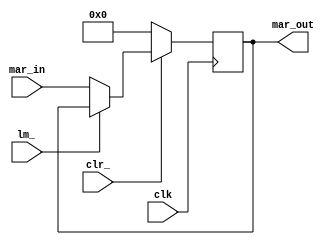
module MAR(
	output reg [3:0] mar_out,
	input wire [3:0] mar_in,
	input lm_,
	input clk,
	input clr_
	);
	
	always @(posedge clk)
		if(~clr_) mar_out <= 4'b0;
		else if(~lm_) mar_out <= mar_in;	

endmodule